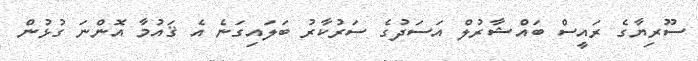
ސޫރިޔާގެ ރައީސް ބައްޝާރުލް އަސަދުގެ ސަރުކާރު ބަލައިގަނެ އެ ޤައުމާ އޮންނަ ގުޅުން